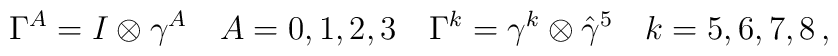
\Gamma^A = I \otimes \gamma^A \quad A= 0, 1, 2, 3\quad \Gamma^k = \gamma^k \otimes \hat \gamma^5 \quad k= 5, 6, 7, 8 \, ,